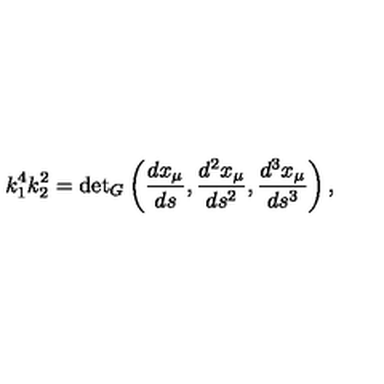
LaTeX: k _ { 1 } ^ { 4 } k _ { 2 } ^ { 2 } = { \det } _ { G } \left( \frac { d x _ { \mu } } { d s } , \frac { d ^ { 2 } x _ { \mu } } { d s ^ { 2 } } , \frac { d ^ { 3 } x _ { \mu } } { d s ^ { 3 } } \right) ,